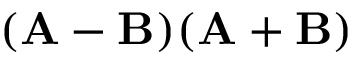
( \mathbf { A } - \mathbf { B } ) ( \mathbf { A } + \mathbf { B } )